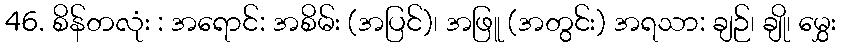
46. စိန်တလုံး : အရောင်: အစိမ်း (အပြင်)၊ အဖြူ (အတွင်း) အရသာ: ချဉ်၊ ချို၊ မွှေး